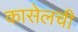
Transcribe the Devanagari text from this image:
कासेलची